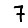
Digit: 7